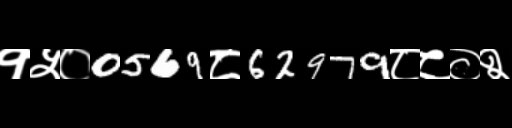
Text: १५०0569८62979८८०२